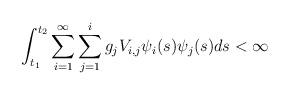
LaTeX: \begin{align*}\int_{t_1}^{t_2}\sum_{i=1}^{\infty} \sum_{j=1}^{i} g_j V_{i,j}\psi_i(s)\psi_j(s)ds <\infty\end{align*}